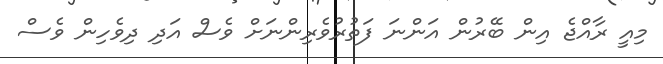
މިއީ ރާއްޖެ އިން ބޭރުން އަންނަ ފަތުރުވެރިންނަށް ވެސް އަދި ދިވެހިން ވެސް